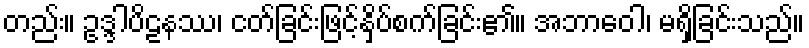
တည်း။ ဥဒ္ဒါပိဠနဿ၊ ငတ်ခြင်းဖြင့်နှိပ်စက်ခြင်း၏။ အဘာဝေါ၊ မရှိခြင်းသည်။